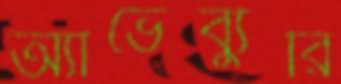
অ্যাভেব্যুরি